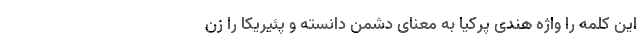
این کلمه را واژه هندی پَرَکیا به معنای دشمن دانسته و پَئیریکا را زن